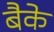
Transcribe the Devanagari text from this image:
बैके